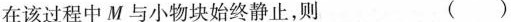
在该过程中M与小物块始终静止，则 （ ）